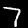
Label: 7